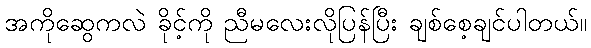
အကိုဆွေကလဲ ခိုင့်ကို ညီမလေးလိုပြန်ပြီး ချစ်စေ့ချင်ပါတယ်။